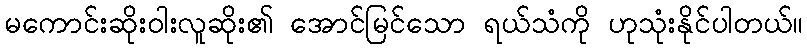
မကောင်းဆိုးဝါးလူဆိုး၏ အောင်မြင်သော ရယ်သံကို ဟုသုံးနိုင်ပါတယ်။